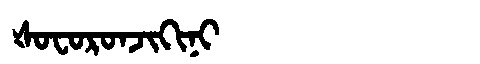
Manchu: ᡧᠣᠸᠣᡵᠣᠨᠵᡳᡴᡳᠨᡳ
Romanization: ŠOFORONJIKINI